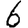
Digit: 6